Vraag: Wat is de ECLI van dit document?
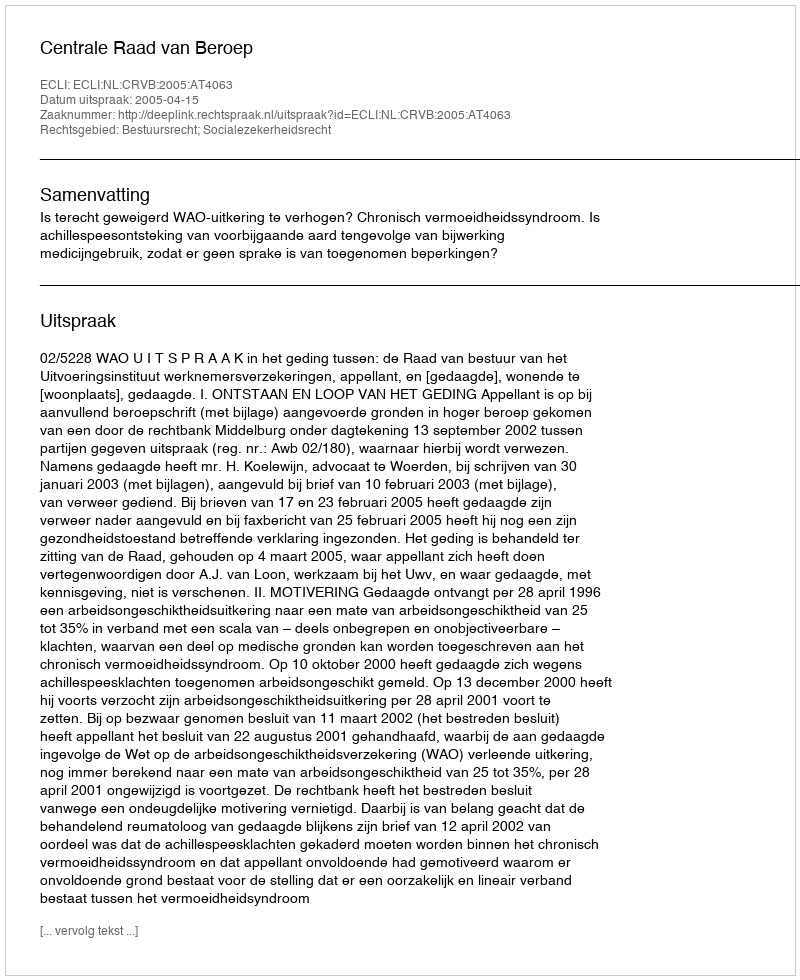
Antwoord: ECLI:NL:CRVB:2005:AT4063